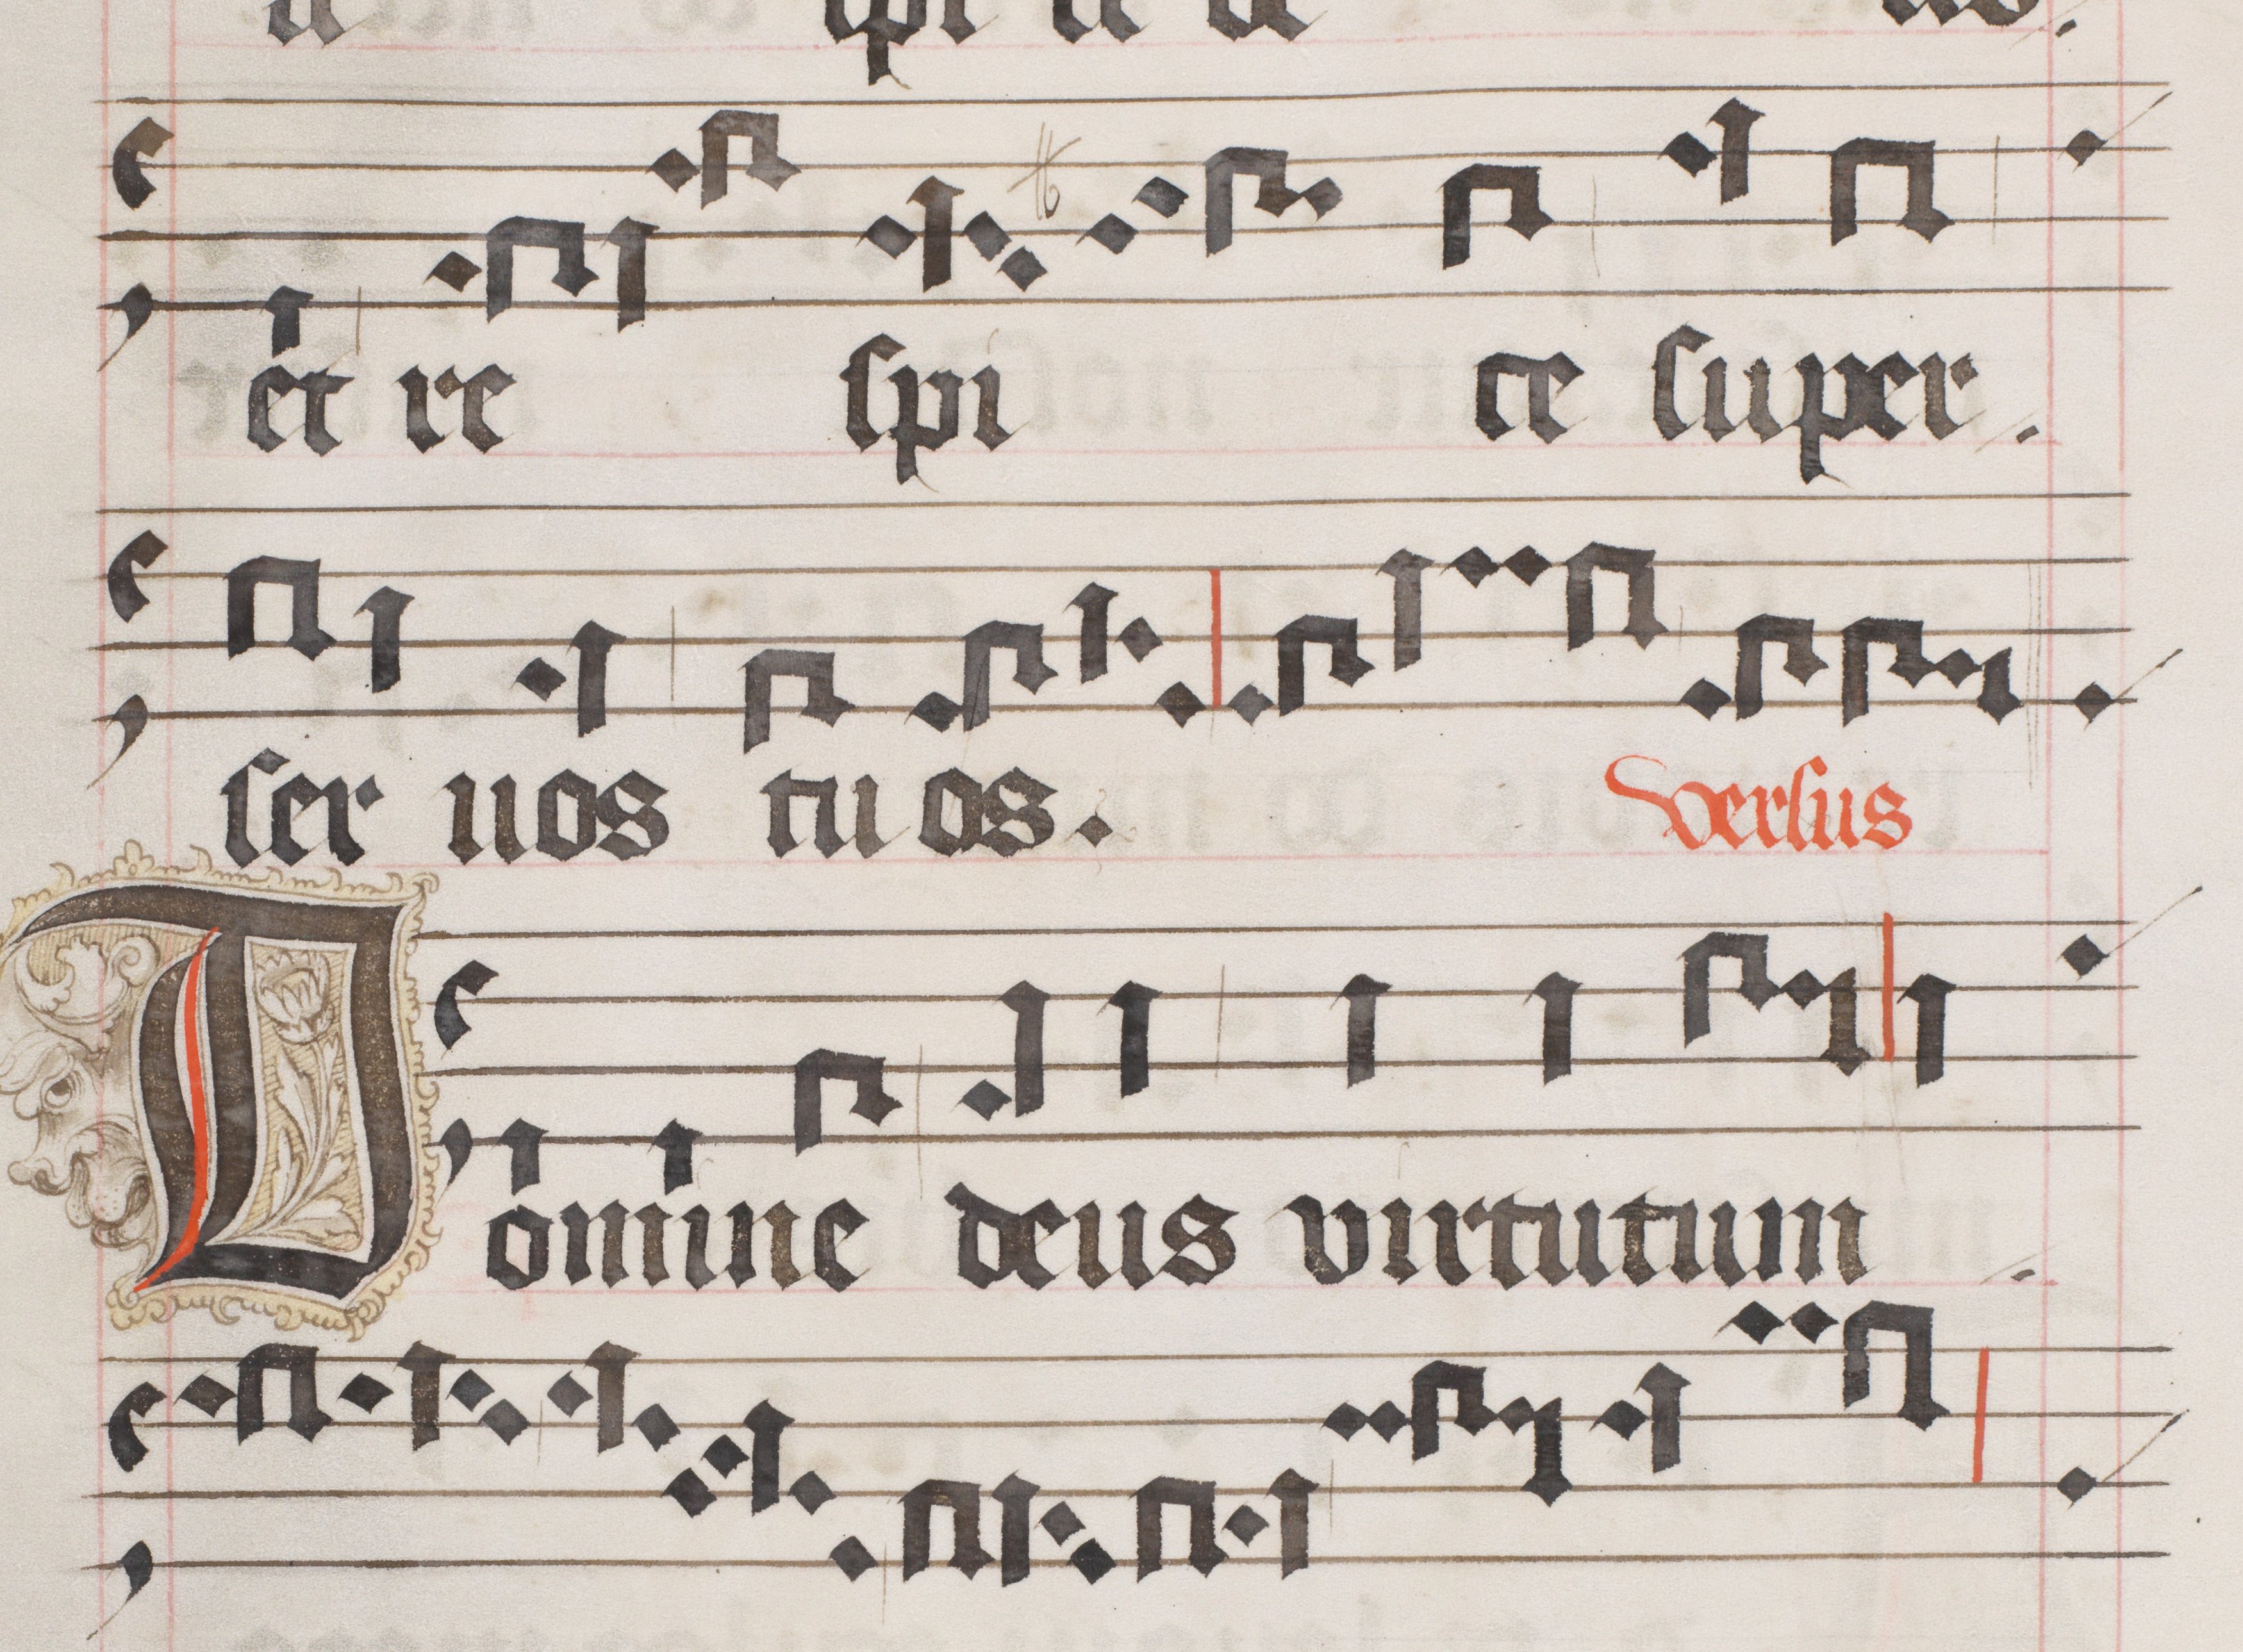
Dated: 1556–1559